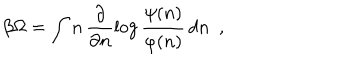
\beta \Omega = \int n \, \frac { \partial } { \partial n } \log \frac { \psi ( n ) } { \varphi ( n ) } \, d n \ \ ,